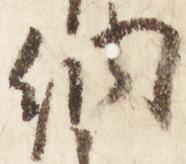
納